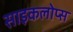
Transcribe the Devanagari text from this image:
साइकलोप्स